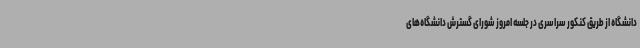
دانشگاه از طریق کنکور سراسری در جلسه امروز شورای گسترش دانشگاه‌های